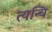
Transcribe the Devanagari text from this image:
त्यन्चि